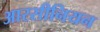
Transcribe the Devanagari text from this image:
आरसीनियन